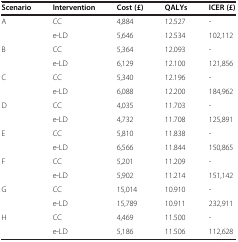
| Scenario | Intervention | Cost (£) | QALYs | ICER (£) |
 | --- | --- | --- | --- | --- |
 | A | CC | 4,884 | 12.527 | - |
 |  | e-LD | 5,646 | 12.534 | 102,112 |
 | B | CC | 5,364 | 12.093 | - |
 |  | e-LD | 6,129 | 12.100 | 121,856 |
 | C | CC | 5,340 | 12.196 | - |
 |  | e-LD | 6,088 | 12.200 | 184,962 |
 | D | CC | 4,035 | 11.703 | - |
 |  | e-LD | 4,732 | 11.708 | 125,891 |
 | E | CC | 5,810 | 11.838 | - |
 |  | e-LD | 6,566 | 11.844 | 150,865 |
 | F | CC | 5,201 | 11.209 | - |
 |  | e-LD | 5,902 | 11.214 | 151,142 |
 | G | CC | 15,014 | 10.910 | - |
 |  | e-LD | 15,789 | 10.911 | 232,911 |
 | H | CC | 4,469 | 11.500 | - |
 |  | e-LD | 5,186 | 11.506 | 112,628 |